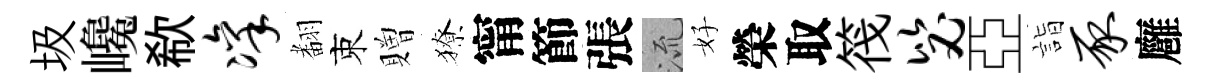
圾巉欷凛𮋒束贈獠甯節張𣴑好榮取筏毖亞詣豕廱